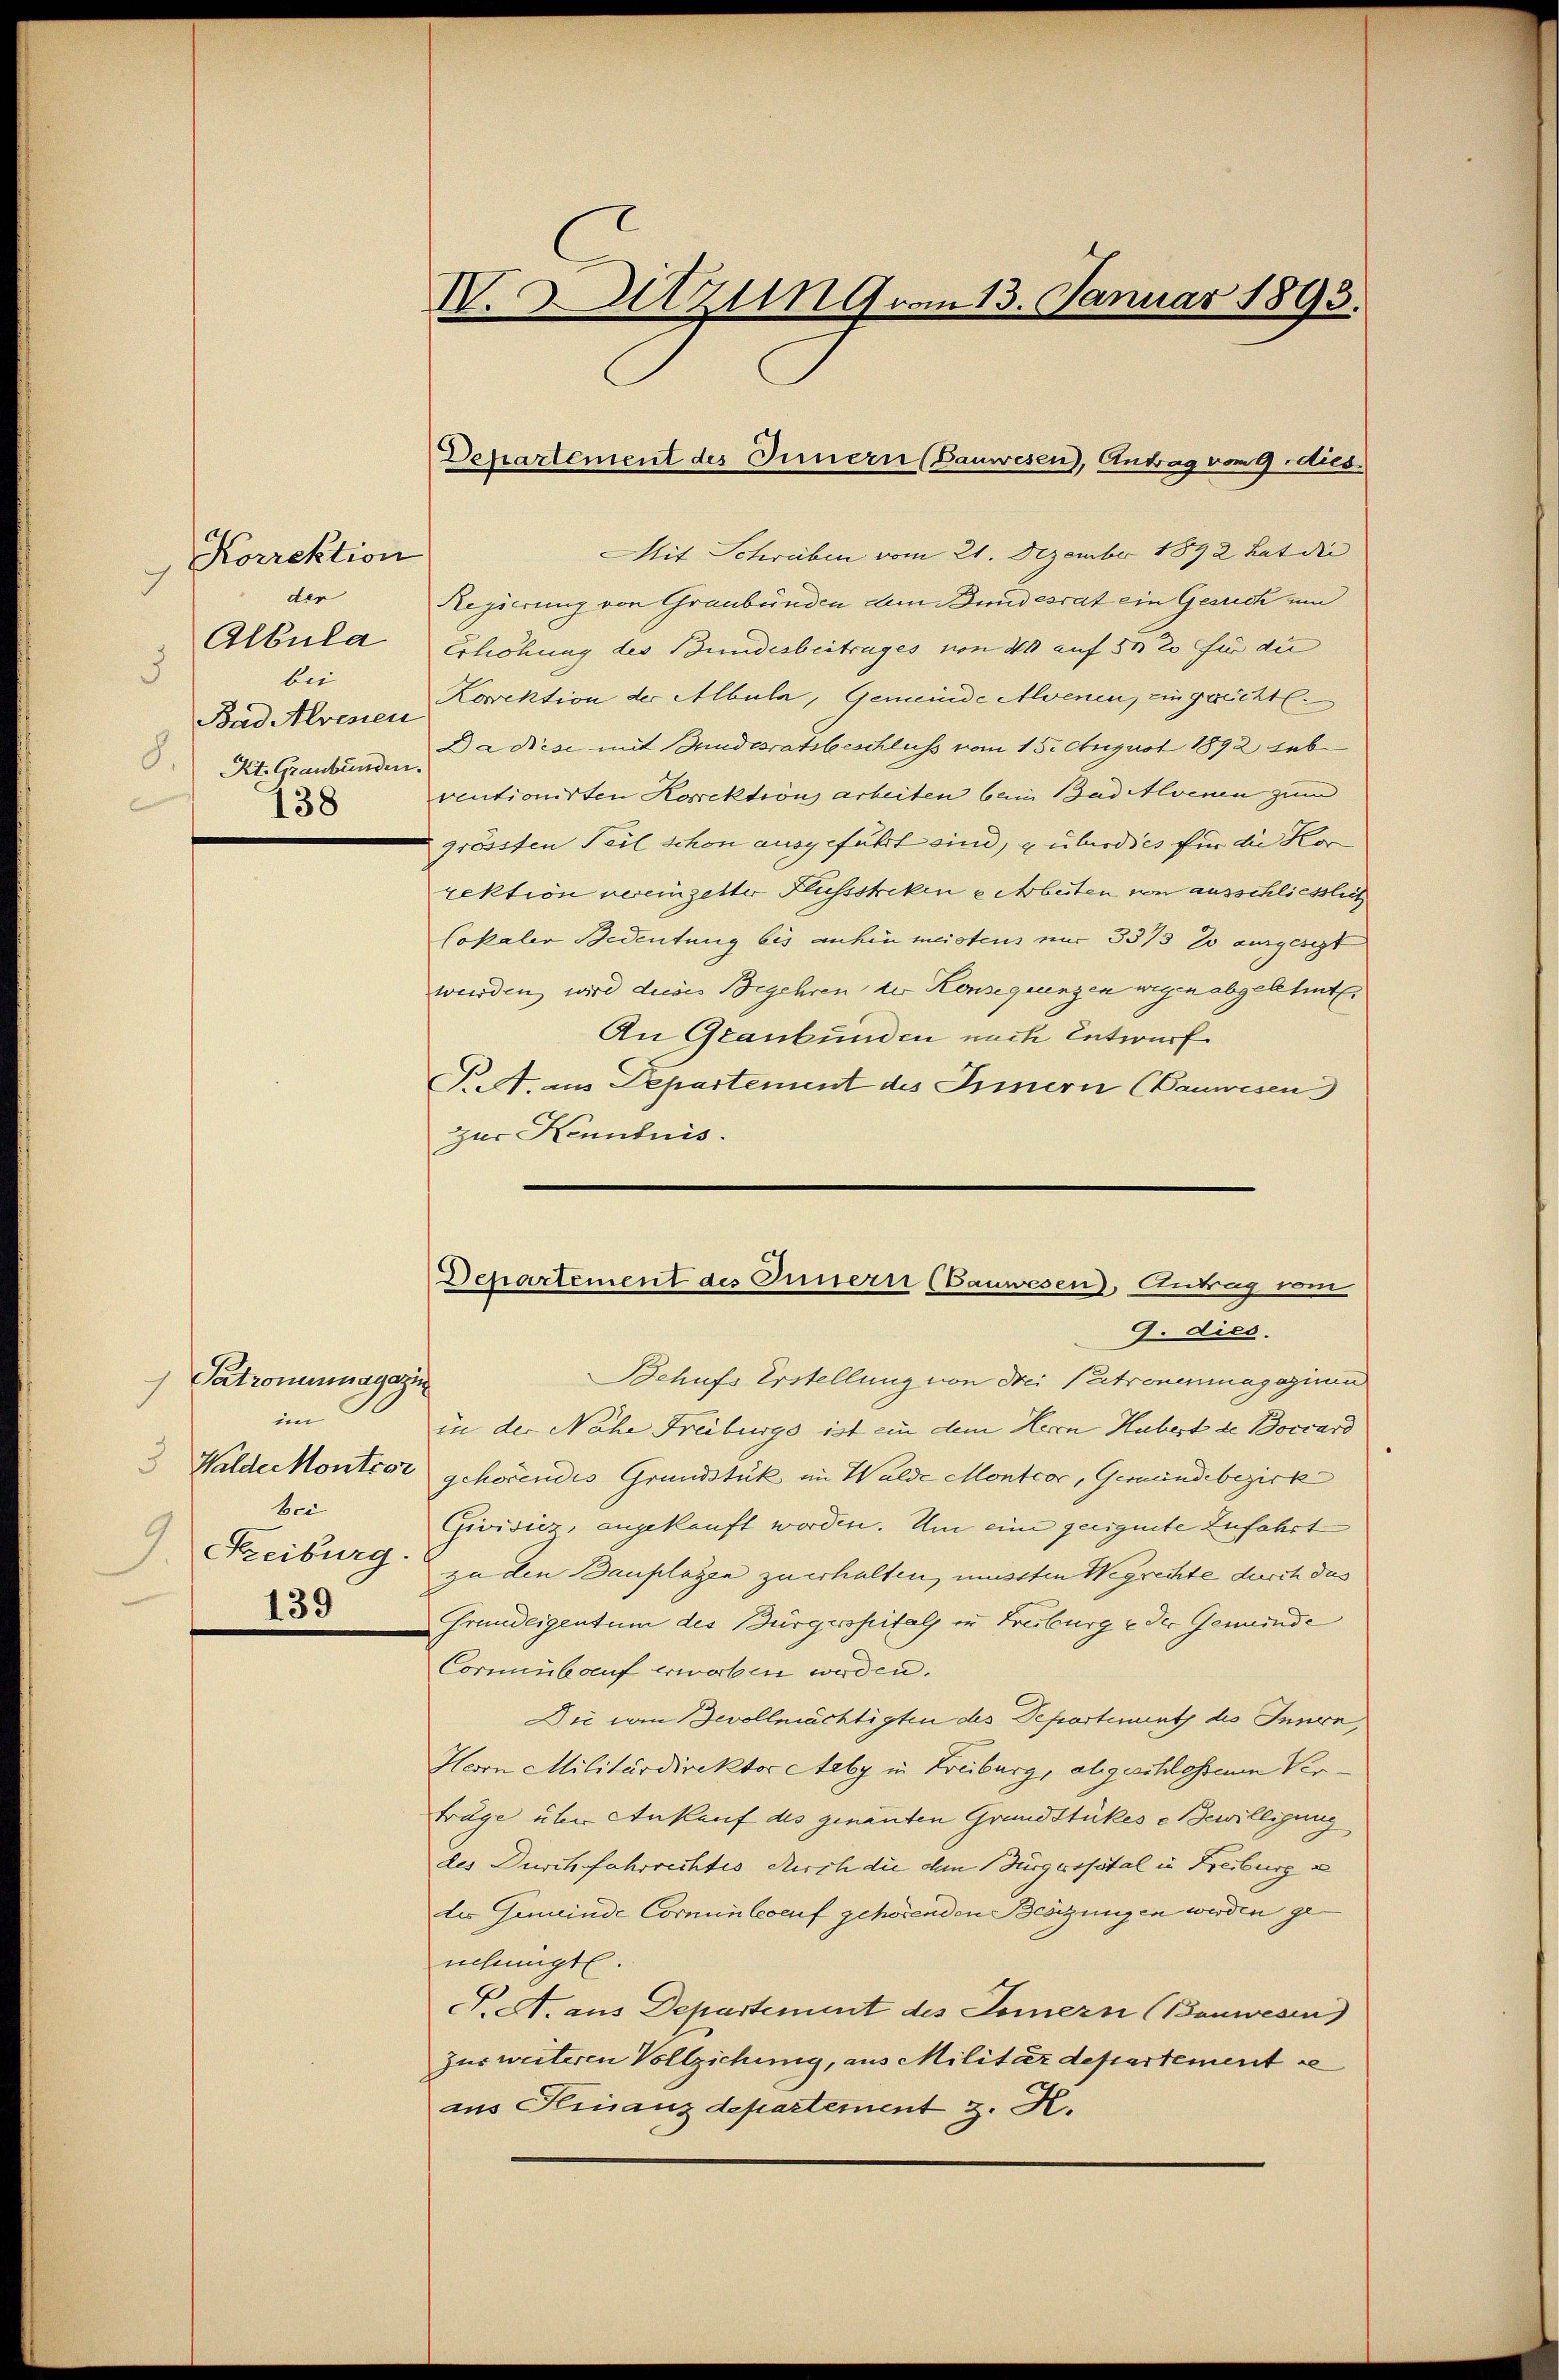
Korrektion
3
der
Albula
3
bei
Bad Alressen
8.
Kt. Graubünden.
138

Patronumagazi
im
3 Walde contror
bei
Freiburg.
139

IV. Sitzung vom 13. Januar 1893.

Departement des Innern (Bauwesen), Antrag vom 9. dies

Departement des Innern (Bauwesen), Antrag vom

Mit Schreiben vom 21. Dezember 1892 hat die
Regierung von Graubünden dem Bundesrat ein Gesuch um
Erhöhung des Bundesbeitrages von 400 auf 30 20 für die
Korrektion der Albuln, Gemeinde Alvenen, eingrechtl.
Dadiese mit Bundesratsbeschluss vom 15. August 1892 sub
ventionirten Korrektions arbeiten beim Bad Alvenen zum
grössten Teil schon ausgeführt sind, überdies für die Kor
rektion vereingelter Flussstrekene Arbeiten von ausschliesslich
lokaler Bedeutung bis anhin meistens nur 3375 so ausgeset
werden, wird dieses Begehren der Konsequenzen wegen abgelehnte
An Graubünden nach Entwurf
P.A. aus Departement des Innern (Bauwesen
zur Kenntnis.
9. dies.
Behufs Erstellung von drei Patronenmagazine
in der Nahe Freiburgs ist an dem Herrn Hubert de Boccard
gehörendes Grundstük im Walde Montcor, Gemeindebezirk
Givisiez, angekauft worden. Um eine geeignete Zufahrt
zu den Bauplagen zu erhalten, mussten Wegrechte durch das
Grundeigentum des Bürgerspitals in Freiburg u der Gemeinde
Cormenbauf erworben worden.
Die von Devollmächtigten des Departement des Innern,
Herrn Militärdirektor Aeby in Freiburg, abgeschlossenen Verträge über Ankauf des genanten Grundstückes e Bewilligung
des Durchfahrrechtes Auch die dem Bürgerspital in Freiburg
die Gemeinde Corminloenf gehörenden Besizungen werden genehmigt.
P. A. aus Departement des Innern (Bauwesen
zur weiteren Vollziehung, aus Militärdepartement se
aus Finanzdepartement z. K.